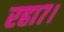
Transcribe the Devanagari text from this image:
रहा७।